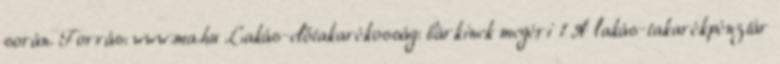
során. Forrás: www.ma.hu Lakás-előtakarékosság: bárkinek megéri 1 A lakás-takarékpénztár